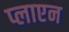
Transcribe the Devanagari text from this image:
प्लाएन